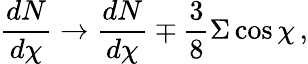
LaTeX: {\frac{dN}{d\chi}}\to{\frac{dN}{d\chi}}\mp{\frac{3}{8}}\Sigma\cos\chi\, ,